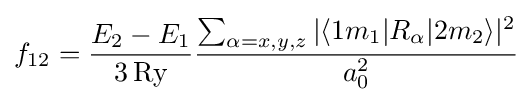
f_{12}={\frac {E_{2}-E_{1}}{3\,{\text{Ry}}}}{\frac {\sum _{\alpha =x,y,z}|\langle 1m_{1}|R_{\alpha }|2m_{2}\rangle |^{2}}{a_{0}^{2}}}